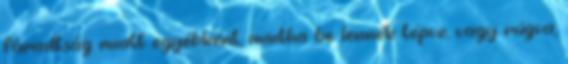
fáradtság miatt egyébként, mintha be lennék tépve, vagy rúgva,